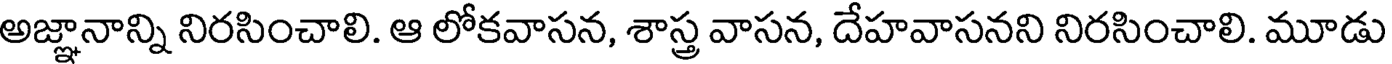
అజ్ఞానాన్ని నిరసించాలి. ఆ లోకవాసన, శాస్త్ర వాసన, దేహవాసనని నిరసించాలి. మూడు